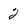
Character: 2